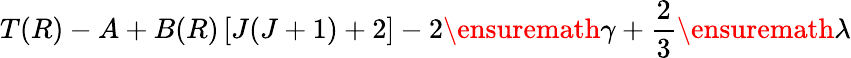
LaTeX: T(R)-A+B(R)\left[J(J+1)+2\right]-2\ensuremath{\gamma}+\frac{2}{3}\ensuremath{\lambda}